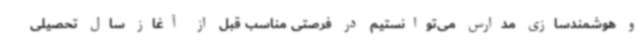
و هوشمندسازی مدارس می‌توانستیم در فرصتی مناسب قبل از آغاز سال تحصیلی